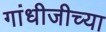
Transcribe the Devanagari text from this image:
गांधीजीच्या